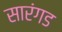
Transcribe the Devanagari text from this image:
सारंगड